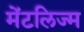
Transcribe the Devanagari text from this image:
मेंटलिज्म